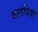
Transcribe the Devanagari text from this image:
बलदिया